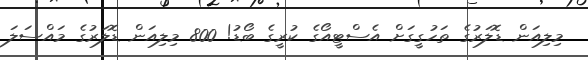
މިލިއަން ޑޮލަރުގެ ތަހުގީގަށް އެސްޓީއޯގެ ކުރީގެ ބޯޑު! 800 މިލިއަން ޑޮލަރުގެ މައްސަލަ